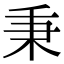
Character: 秉